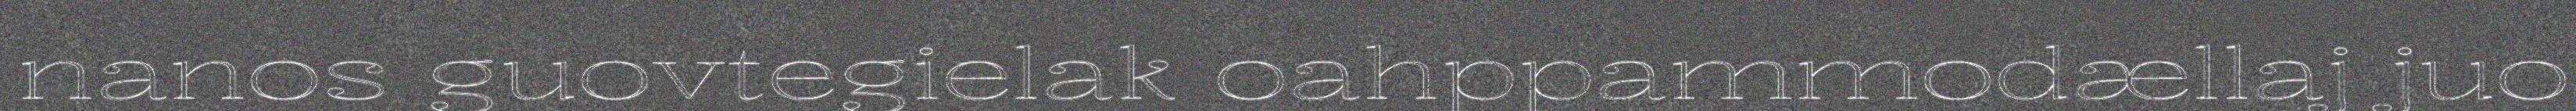
nanos guovtegielak oahppammodællaj juo